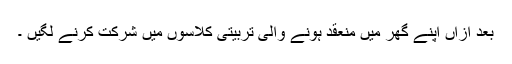
بعد ازاں اپنے گھر میں منعقد ہونے والی تربیتی کلاسوں میں شرکت کرنے لگیں ۔